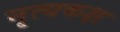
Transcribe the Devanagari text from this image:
नृत्यकक्ष